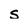
Character: s